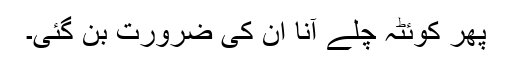
پھر کوئٹہ چلے آنا ان کی ضرورت بن گئی۔